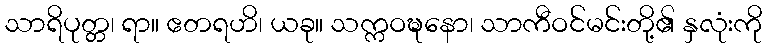
သာရိပုတ္တ၊ ရာ။ ဧတရဟိ၊ ယခု။ သက္ကဝဍ္ဎနော၊ သာကီဝင်မင်းတို့၏ နှလုံးကို